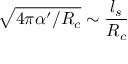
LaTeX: \sqrt { 4 \pi \alpha ^ { \prime } / R _ { c } } \sim \frac { l _ { s } } { R _ { c } }